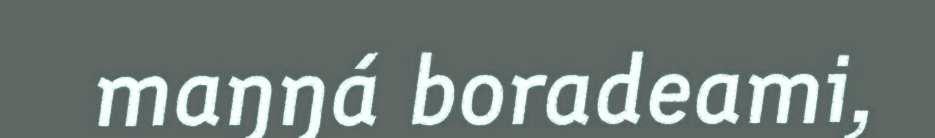
maŋŋá boradeami,